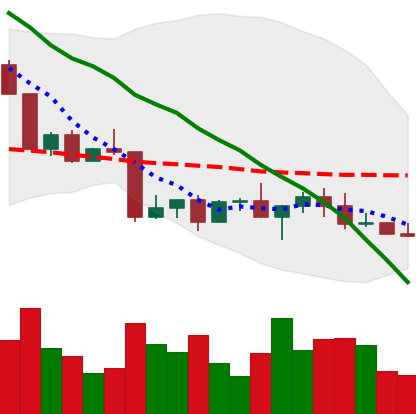
Ticker: LINK-USD
Chart end date: 2022-04-24
Forward return: -9.913%
Label: down_7plus